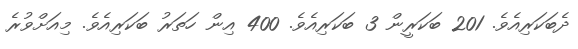
ދެބަކަރިއެވެ. 201 ބަކަރީން 3 ބަކަރިއެވެ. 400 އިން ހަތަރު ބަކަރިއެވެ. މިއަށްވުރެ